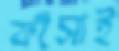
ফাঁসাই